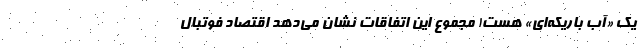
یک «آب باریکه‌ای» هست! مجموع این اتفاقات نشان می‌دهد اقتصاد فوتبال